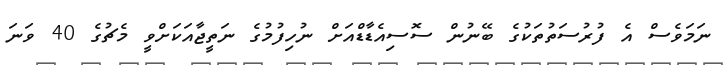
ނަމަވެސް އެ ފުރުސަތުތަކުގެ ބޭނުން ސޮސިއެޑާޑްއަށް ނުހިފުމުގެ ނަތީޖާއަކަށްވީ މެޗުގެ 40 ވަނަ